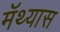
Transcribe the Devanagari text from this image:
मॅथ्यास